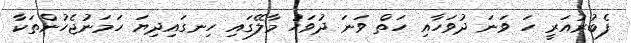
ފެބުރުއަރީ ހަ ވަނަ ދުވަހާއި ހަތް ވަނަ ދުވަހު މާލޭގައި ހިނގައިދިޔަ ހަމަނުޖެހުންތަކާ